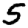
Digit: 5